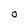
Character: 0